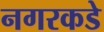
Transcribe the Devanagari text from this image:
नगरकडे